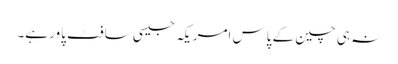
نہ ہی چین کے پاس امریکہ جیسی سافٹ پاور ہے۔